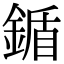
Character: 鍎